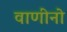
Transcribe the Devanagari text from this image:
वाणीनो